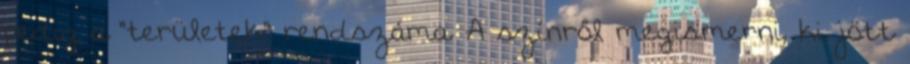
pedig a "területek" rendszáma. A színről megismerni, ki jött